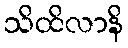
သိထိလာနိ